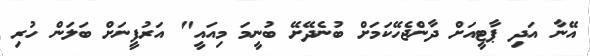
އޭނާ އަދި ޕާޓީއަށް ދާންޖެހޭކަމަށް ބުނެދޭށޭ ބުނީމަ މިއައީ" އަރުފީނަށް ބަލަން ހުރި